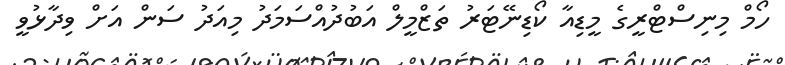
ހޯމް މިނިސްޓްރީގެ މީޑިއާ ކޯޑިނޭޓަރު ތަޒްމީލް އަބުދުއްސަމަދު މިއަދު ސަން އަށް ވިދާޅުވީ